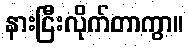
နားငြီးလိုက်တာကွာ။